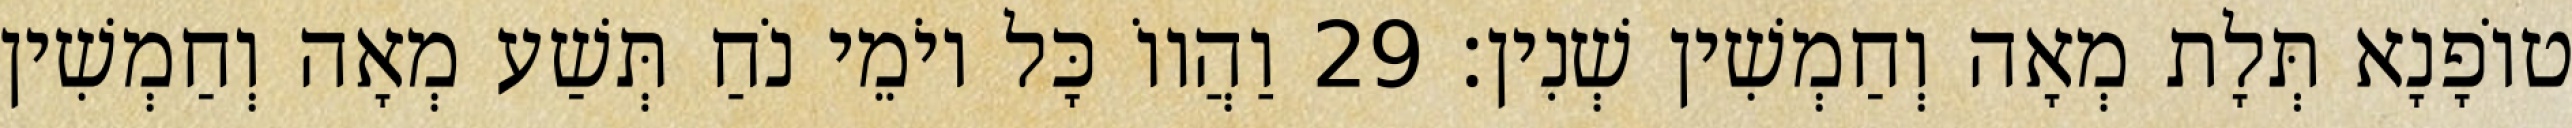
טוֹפָנָא תְּלָת מְאָה וְחַמְשִׁין שְׁנִין׃ 29 וַהֲווֹ כָּל יוֹמֵי נֹחַ תְּשַׁע מְאָה וְחַמְשִׁין